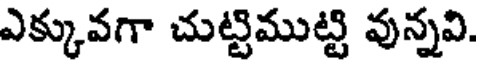
ఎక్కువగా చుట్టిముట్టి వున్నవి.